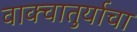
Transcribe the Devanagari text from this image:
वाक्चातुर्याचा